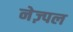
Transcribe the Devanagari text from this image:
नेज़्पल